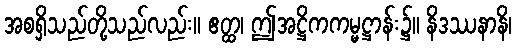
အစရှိသည်တို့သည်လည်း။ ဧတ္ထ၊ ဤအဋ္ဌိကကမ္မဋ္ဌာန်း၌။ နိဒဿနာနိ၊